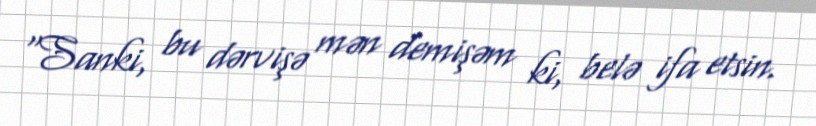
“Sanki, bu dərvişə mən demişəm ki, belə ifa etsin.